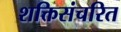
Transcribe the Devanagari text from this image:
शक्तिसंचरित